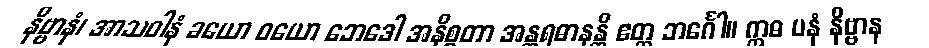
နိဗ္ဗာနံ၊ အာသဝါနံ ခယော ဝယော ဘေဒေါ အနိစ္စတာ အန္တရဓာနန္တိ ဧတ္ထ ဘင်္ဂေါ။ ဣဓ ပနံ နိဗ္ဗာန